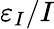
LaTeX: \varepsilon_{I}/I